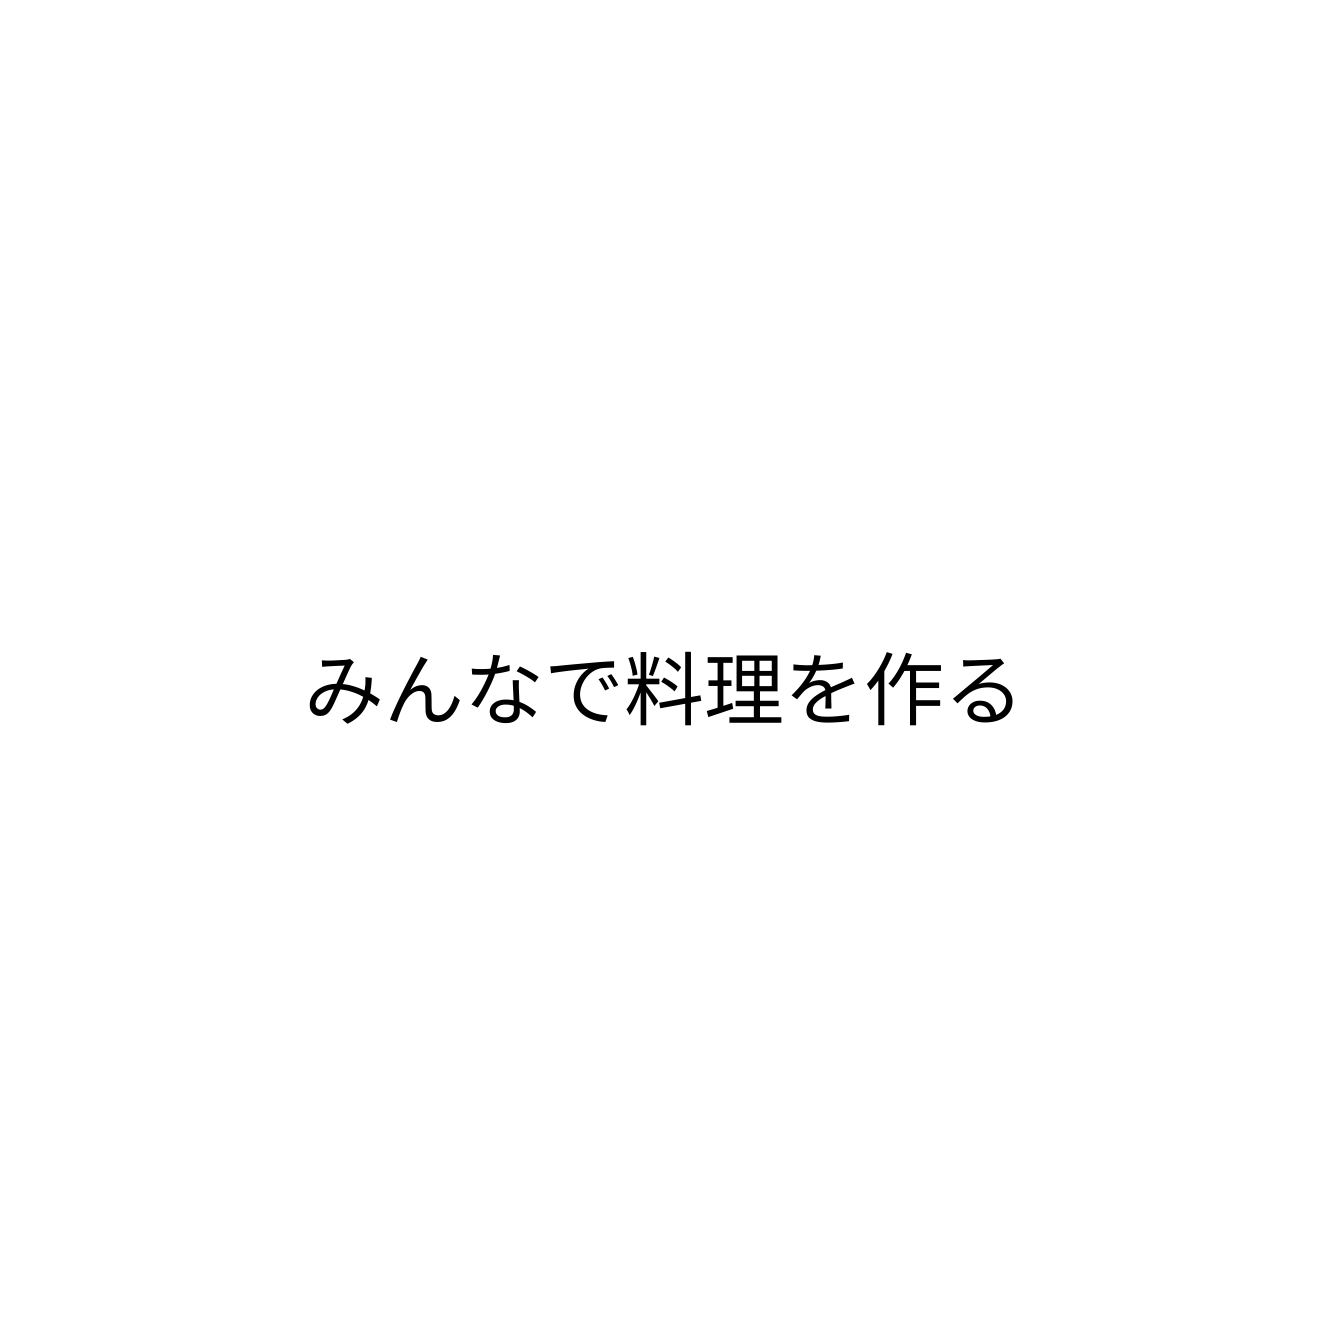
みんなで料理を作る